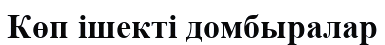
Көп ішекті домбыралар